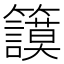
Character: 𥷺